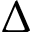
\Delta